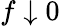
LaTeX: f\downarrow 0